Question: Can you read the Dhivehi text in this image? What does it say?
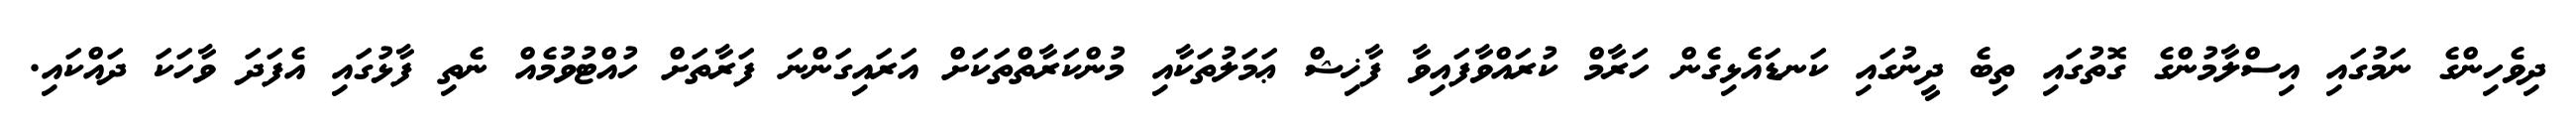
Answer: ދިވެހިންގެ ނަމުގައި އިސްލާމުންގެ ގޮތުގައި ތިބެ ދީނުގައި ކަނޑައެޅިގެން ހަރާމް ކުރައްވާފައިވާ ފާޚިޝް ޢަމަލުތަކާއި މުންކަރާތްތަކަށް އަރައިގަންނަ ފަރާތަށް ހުއްޓުވުމެއް ނެތި ފާޅުގައި އެފަދަ ވާހަކަ ދައްކައި.